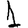
Digit: 1